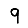
Digit: 9